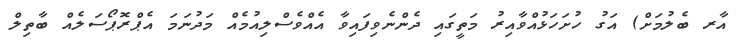
އާރ ބެލުމަށް) އަގު ހުށަހަޅުއްވާއިރު މަތީގައި ދެންނެވިފައިވާ އެއްވެސްލިއުމެއް މަދުނަމަ އެޕްރޮޕޯސަލެއް ބާތިލް